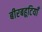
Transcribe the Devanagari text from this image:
बीरबहूटियाँ